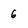
Character: 6